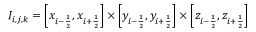
I _ { i , j , k } = \left[ x _ { i - \frac { 1 } { 2 } } , x _ { i + \frac { 1 } { 2 } } \right] \times \left[ y _ { i - \frac { 1 } { 2 } } , y _ { i + \frac { 1 } { 2 } } \right] \times \left[ z _ { i - \frac { 1 } { 2 } } , z _ { i + \frac { 1 } { 2 } } \right]